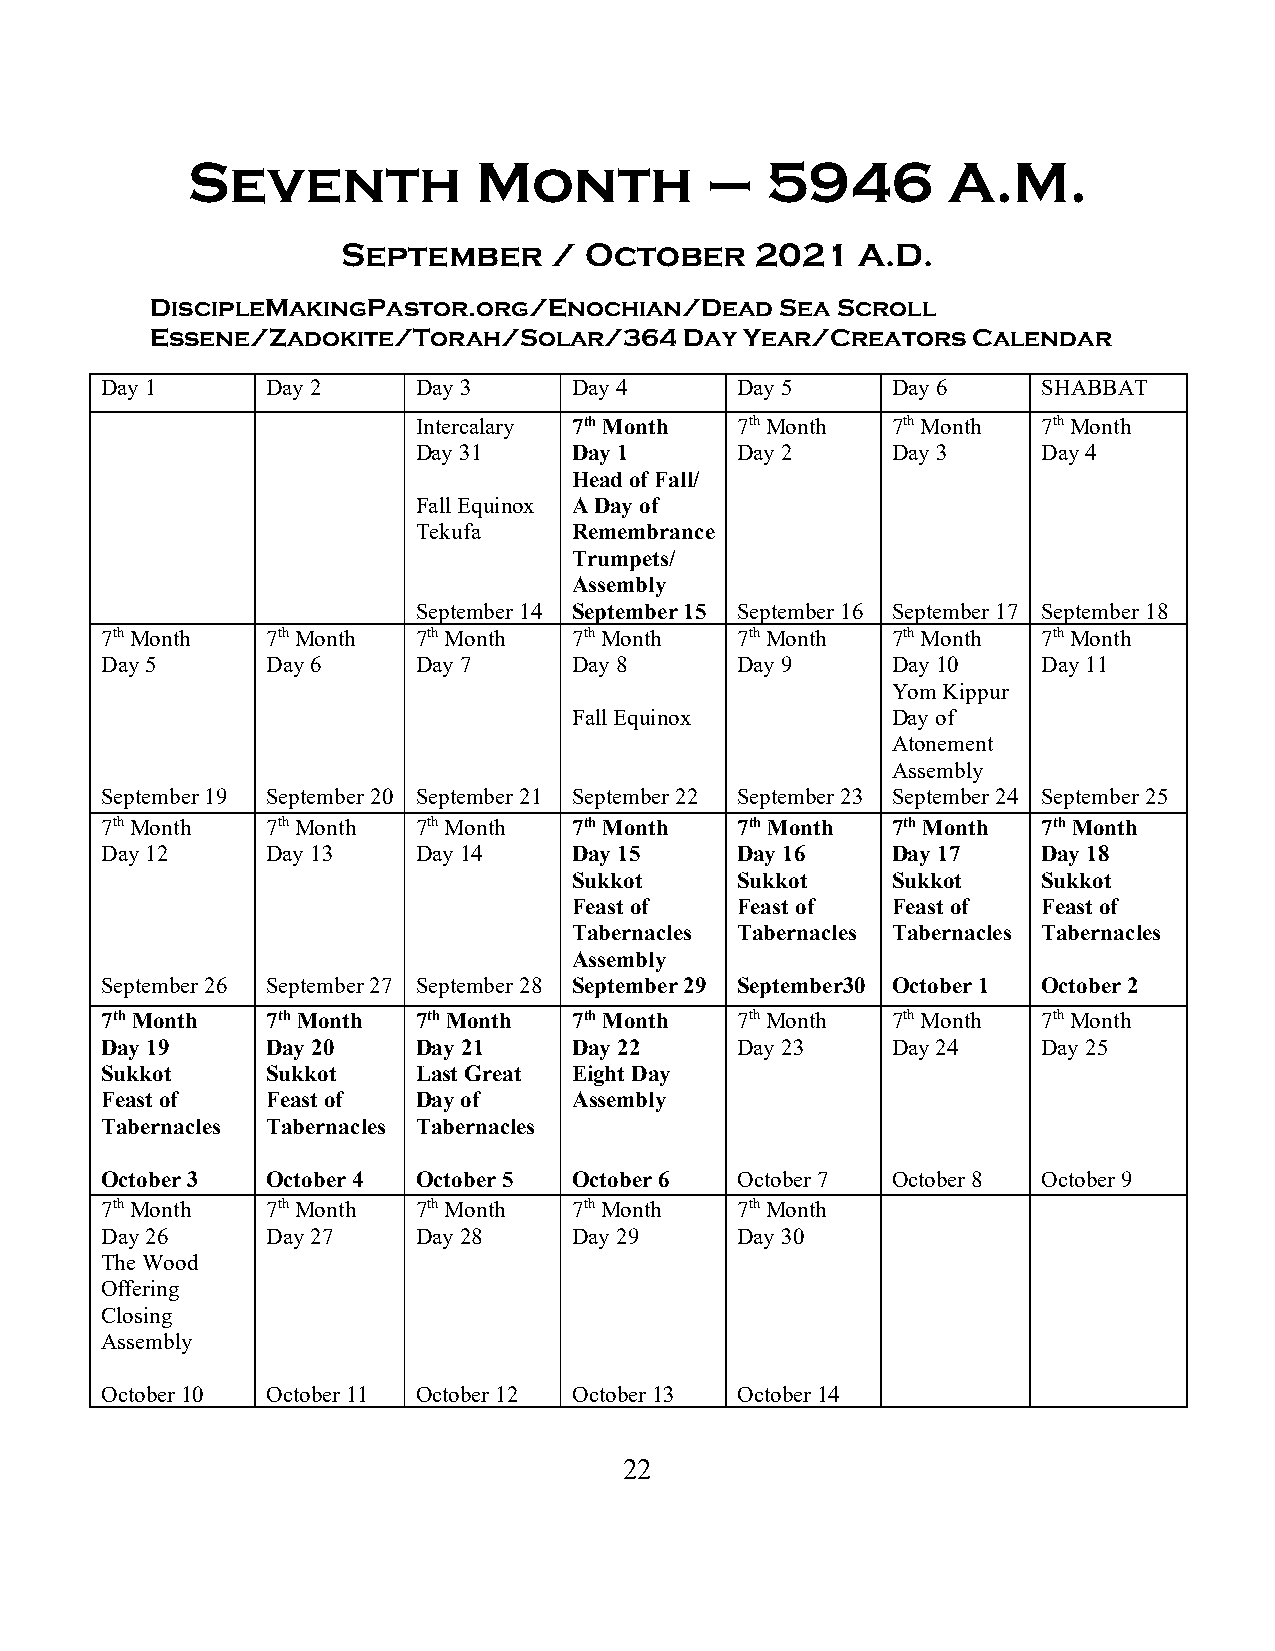
Seventh             Month          –   5946        A.M.
 September     / October    2021   A.D.
 DiscipleMakingPastor.org/Enochian/Dead    Sea Scroll
 Essene/Zadokite/Torah/Solar/364    Day Year/Creators  Calendar
 Day 1      Day 2     Day 3     Day 4      Day 5     Day 6     SHABBAT
 Intercalary 7th Month 7th Month 7th Month 7th Month
 Day 31    Day 1      Day 2     Day 3     Day 4
 Head of Fall/
 Fall Equinox A Day of
 Tekufa    Remembrance
 Trumpets/
 Assembly
 September 14 September 15 September 16 September 17 September 18
 7th Month  7th Month 7th Month 7th Month  7th Month 7th Month 7th Month
 Day 5      Day 6     Day 7     Day 8      Day 9     Day 10    Day 11
 Yom Kippur
 Fall Equinox         Day of
 Atonement
 Assembly
 September 19 September 20 September 21 September 22 September 23 September 24 September 25
 7th Month  7th Month 7th Month 7th Month  7th Month 7th Month 7th Month
 Day 12     Day 13    Day 14    Day 15     Day 16    Day 17    Day 18
 Sukkot     Sukkot    Sukkot    Sukkot
 Feast of   Feast of  Feast of  Feast of
 Tabernacles Tabernacles Tabernacles Tabernacles
 Assembly
 September 26 September 27 September 28 September 29 September30 October 1 October 2
 7th Month  7th Month 7th Month 7th Month  7th Month 7th Month 7th Month
 Day 19     Day 20    Day 21    Day 22     Day 23    Day 24    Day 25
 Sukkot     Sukkot    Last Great Eight Day
 Feast of   Feast of  Day of    Assembly
 Tabernacles Tabernacles Tabernacles
 October 3  October 4 October 5 October 6  October 7 October 8 October 9
 7th Month  7th Month 7th Month 7th Month  7th Month
 Day 26     Day 27    Day 28    Day 29     Day 30
 The Wood
 Offering
 Closing
 Assembly
 October 10 October 11 October 12 October 13 October 14
 22